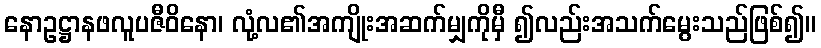
နောဥဋ္ဌာနဖလူပဇီဝိနော၊ လုံ့လ၏အကျိုးအဆက်မျှကိုမှီ ၍လည်းအသက်မွေးသည်ဖြစ်၍။